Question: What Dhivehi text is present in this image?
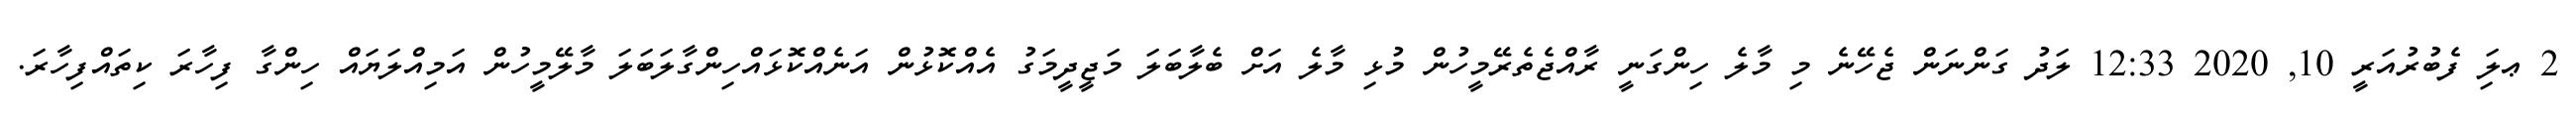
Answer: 2 ޢލަި ފެބުރުއަރީ 10, 2020 12:33 ލަދު ގަންނަން ޖެހޭނެ މި މާލެ ހިންގަނީ ރާއްޖެތެރޭމީހުން މުޅި މާލެ އަށް ބެލާބަލަ މަޖީދީމަގު އެއްކޮޅުން އަނެއްކޮޅައްހިންގާލަބަލަ މާލޭމީހުން އަމިއްލަޔައް ހިންގާ ފިހާރަ ކިތައްފިހާރަ.